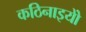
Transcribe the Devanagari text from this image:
कठिनाइयोें